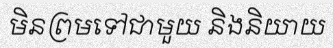
មិនព្រមទៅជាមួយ និងនិយាយ